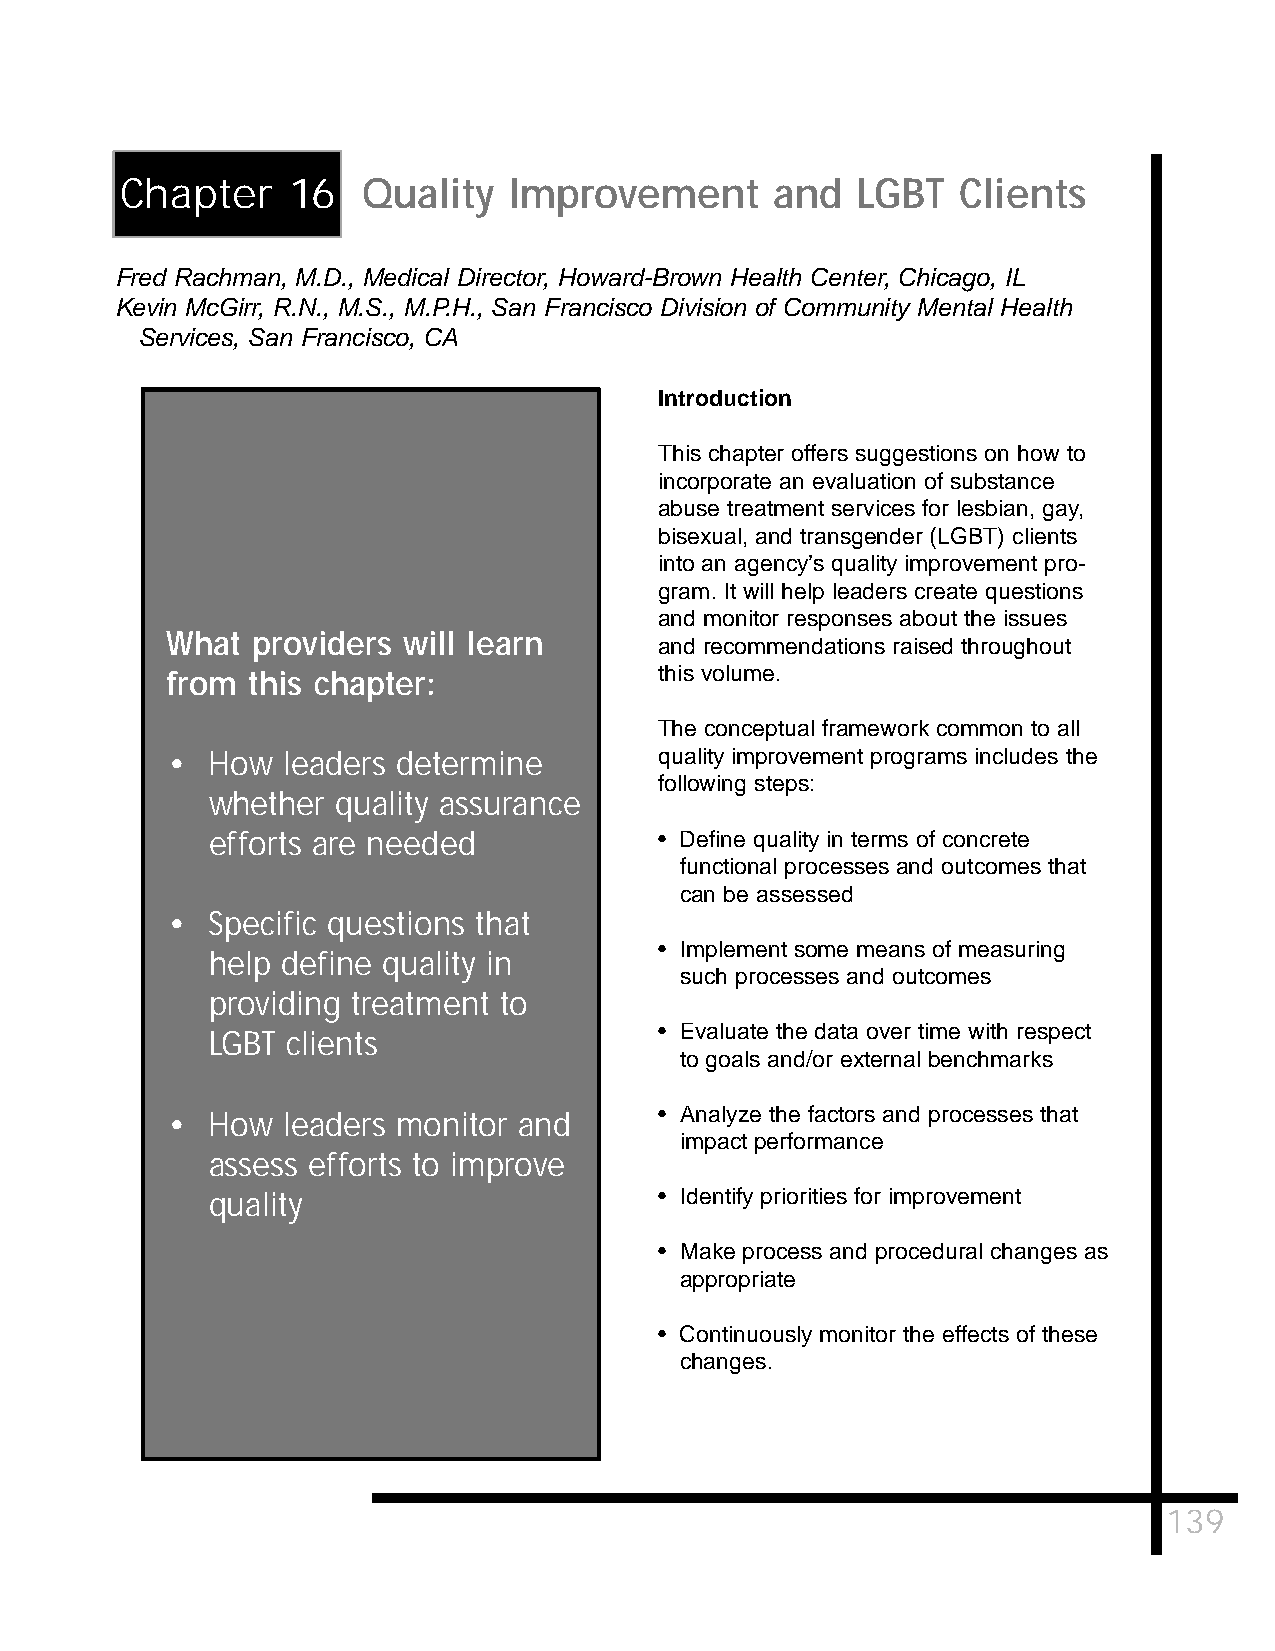
Chapter    16   Quality   Improvement      and   LGBT   Clients
 Fred Rachman, M.D., Medical Director, Howard-Brown Health Center, Chicago, IL
 Kevin McGirr, R.N., M.S., M.P.H., San Francisco Division of Community Mental Health
 Services, San Francisco, CA
 Introduction
 This chapter offers suggestions on how to
 incorporate an evaluation of substance
 abuse treatment services for lesbian, gay,
 bisexual, and transgender (LGBT) clients
 into an agency’s quality improvement pro-
 gram. It will help leaders create questions
 and monitor responses about the issues
 What  providers will learn
 and recommendations raised throughout
 from this chapter:               this volume.
 The conceptual framework common to all
 •  How  leaders determine        quality improvement programs includes the
 following steps:
 whether quality assurance
 efforts are needed            • Define quality in terms of concrete
 functional processes and outcomes that
 can be assessed
 •  Specific questions that
 • Implement some means of measuring
 help define quality in
 such processes and outcomes
 providing treatment to
 • Evaluate the data over time with respect
 LGBT clients
 to goals and/or external benchmarks
 •  How  leaders monitor and      • Analyze the factors and processes that
 impact performance
 assess efforts to improve
 quality                       • Identify priorities for improvement
 • Make process and procedural changes as
 appropriate
 • Continuously monitor the effects of these
 changes.
 139